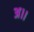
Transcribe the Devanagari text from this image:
अ।।